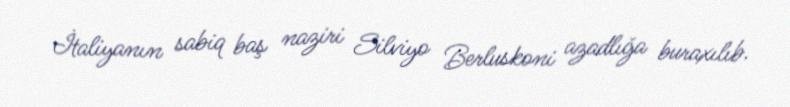
İtaliyanın sabiq baş naziri Silviyo Berluskoni azadlığa buraxılıb.